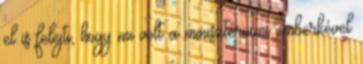
el is felejti, hogy mi volt a minisztériumi emberkével